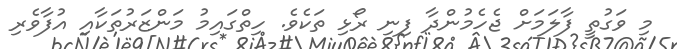
މި ވަގުތީ ފާލަމަށް ޖެހެމުންދާ ފިނި ރޯޅި ތަކެވެ. ހިތްގައިމު މަންޒަރުތަކާއި އުފާވެރި